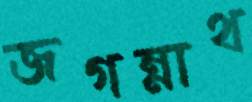
জগন্নাথ